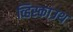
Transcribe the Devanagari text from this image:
व्हिस्काउथ